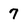
Character: 7